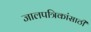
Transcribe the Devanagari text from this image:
जालपत्रिकांसाठी